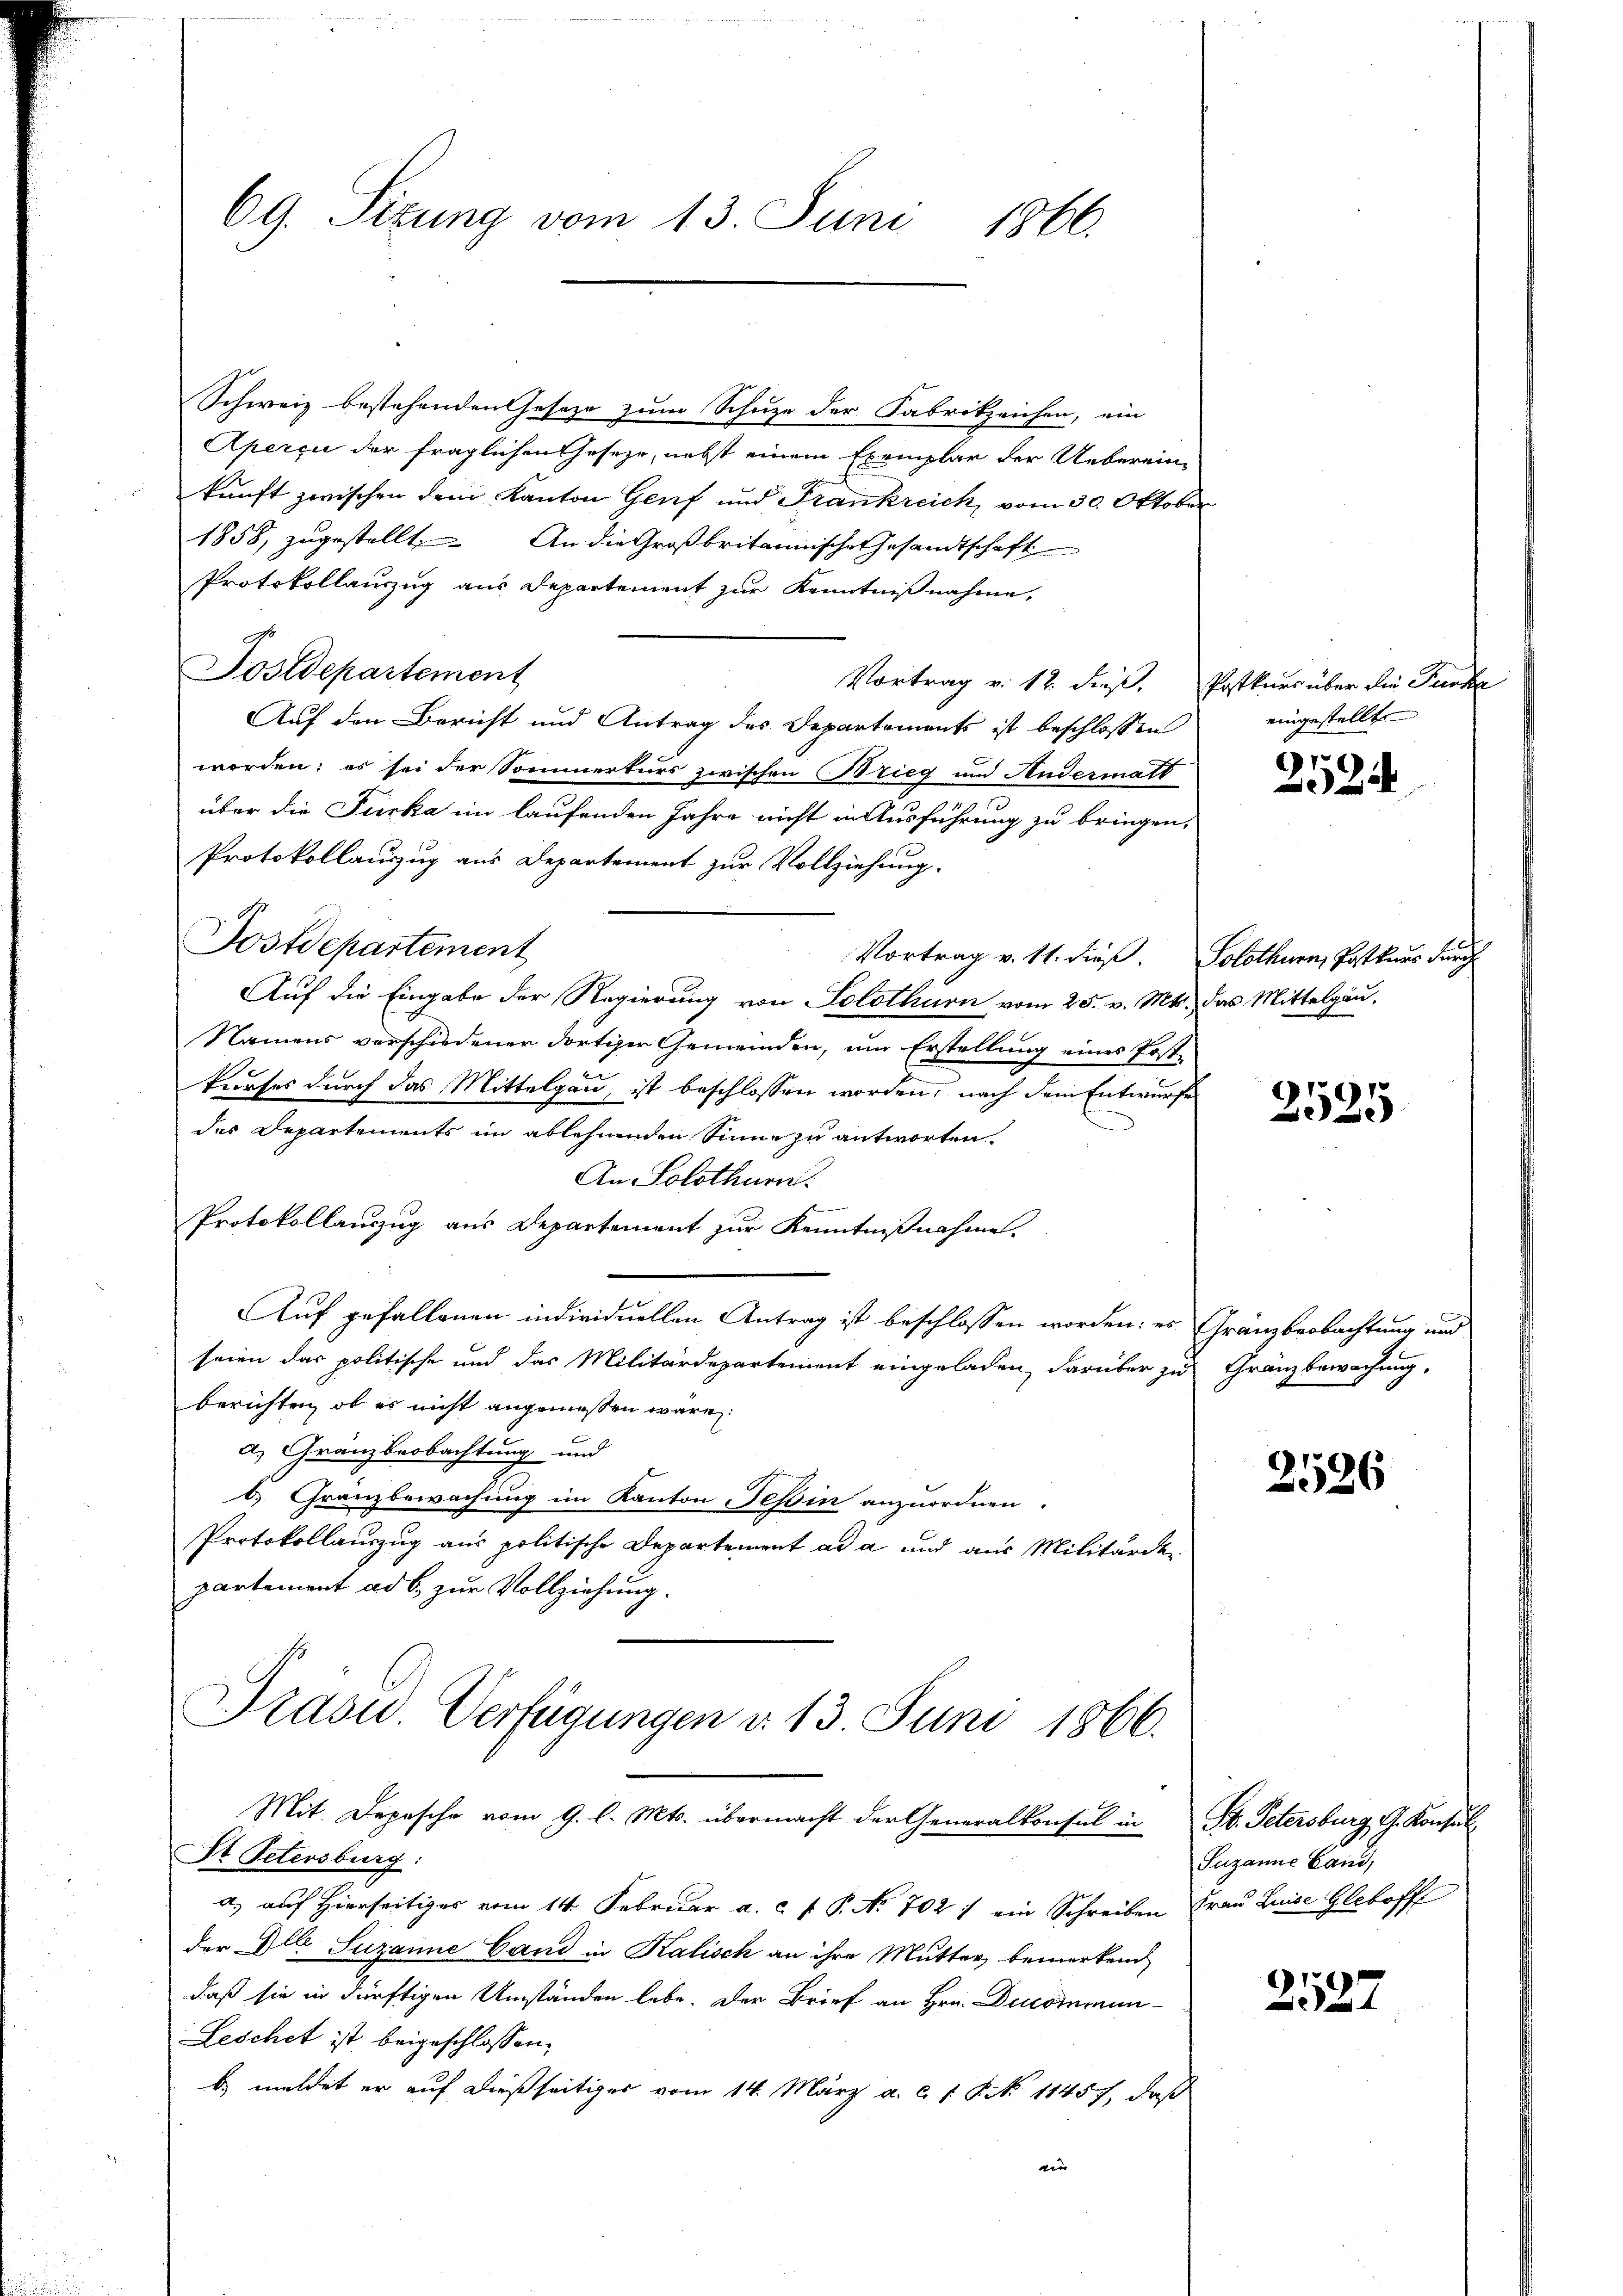
69. Sizung vom 13. Juni 1866.

Schweiz bestehenden eseze zum Schuze der Fabrikzeichen, ein
Aperci der fraglichen Geseze, nebst einem Exemplar der Ueberein-
kunft zwischen dem Kanton Genf und Frankreich, vom 30. Oktober
1858, zugestellt. An die Großbritannische Gesandtschaft
Protokollauszug aus Departement zur Kenntnißnahme,
Postdepartement
Vortrag v. 12. dieß, Postknes über die Jucha
Auf den Bericht und Antrag des Departements ist beschlossen
worden; es sei der Sommerturs zwischen Brieg und Andermatt
über die Furka im laufenden Jahre nicht in Ausführung zu bringen,
Protokollauszug aus Departement zur Vollziehung.
Postdepartement
Vortrag v. 11. dieß. Solothurn, Postkurs durch
Auf die Eingabe der Regierung von Solothurn vom 25. v. Mts. das Mittelgau,
Namens verschiedener dortiger Gemeinden, um Erstellung eines Post-
kurses durch das Mittelgau, ist beschlossen worden, nach dem Entwurfe
des Departements im ablehnenden Sinne zu antworten.
An Solothurn.
Protokollauszug aus Departement zur Kenntnißnahme.
Auf gefallenen individuellen Antrag ist beschlossen worden: es Gränzbeobachtung und
seien das politische und das Militärdepartement eingeladen, darüber zu Gränzbewachung,
berichten, ob es nicht angemessen wäre
a) Gränzbeobachtung und
6.) Granzbewachung im Kanton Teßin anzuordnen.
Protokollauszug aus politische Departement ad a und aus Militärde
partement ad b. zur Vollziehung.

a) auf Hierseitiges vom 14. Februar a. c. f. P. Nr. 702 / ein Schreiben Frau Luise Gleboff
der Der Suzanne Cand in Kalisch an ihre Mutter bemerkend
daß sie in dürftigen Umständen lebe. Der Brief an Hrn. Decommun-
Leschet ist beigeschlossen.
b) meldet er auf dießseitiger vom 14. März a. c. 1 S. 11457, daß
ain

Drasu. Verfügungen d. 13. Juni 1866.
Mit. Depesche vom 9. l. Mts. übermacht der Generalkonsul in St. Petersburg, G. Konsul
St. Petersburg:

eingestellte

2524

2525

2526

Suzanne Land,

2527